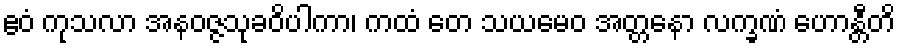
ဧဝံ ကုသလာ အနဝဇ္ဇသုခဝိပါကာ၊ ကထံ တေ သယမေဝ အတ္တနော လက္ခဏံ ဟောန္တီတိ